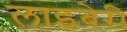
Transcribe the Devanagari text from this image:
लाइबेरी